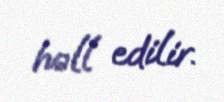
həll edilir.